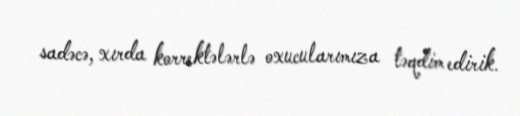
sadəcə, xırda korrektələrlə oxucularımıza təqdim edirik.